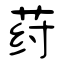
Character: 荮